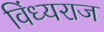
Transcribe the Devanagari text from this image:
विंध्यराज